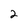
Character: 2